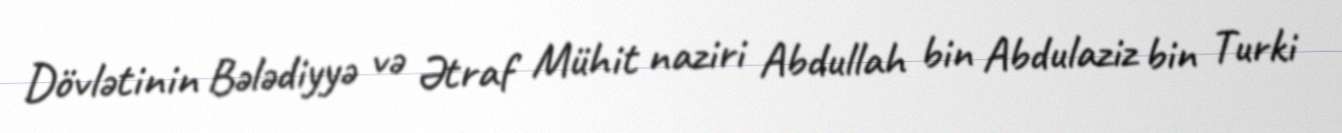
Dövlətinin Bələdiyyə və Ətraf Mühit naziri Abdullah bin Abdulaziz bin Turki